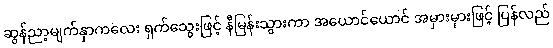
ဆွန်ညာ့မျက်နှာကလေး ရှက်သွေးဖြင့် နီမြန်းသွားကာ အယောင်ယောင် အမှားမှားဖြင့် ပြန်လည်